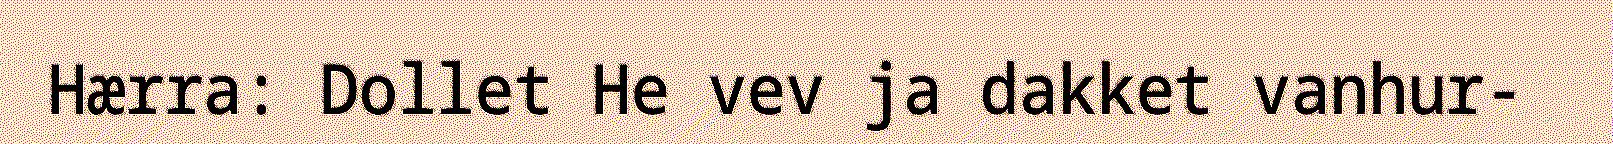
Hærra: Dollet He vev ja dakket vanhur-